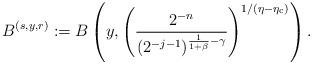
LaTeX: \begin{align*}B^{(s,y,r)}:=B\left(y,\left(\frac{2^{-n}}{(2^{-j-1})^{\frac{1}{1+\beta}-\gamma}}\right)^{1/(\eta-\eta_{\rm c})}\right).\end{align*}